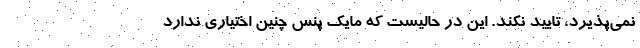
نمی‌پذیرد، تایید نکند. این در حالیست که مایک پنس چنین اختیاری ندارد